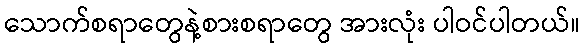
သောက်စရာတွေနဲ့စားစရာတွေ အားလုံး ပါဝင်ပါတယ်။